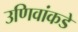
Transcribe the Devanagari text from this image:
उणिवांकडे